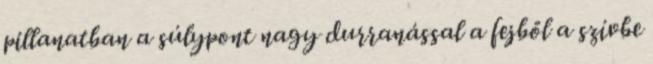
pillanatban a súlypont nagy durranással a fejből a szívbe